Insane asylums Bombay 1873-77 - 1873-1877
Year: 1873
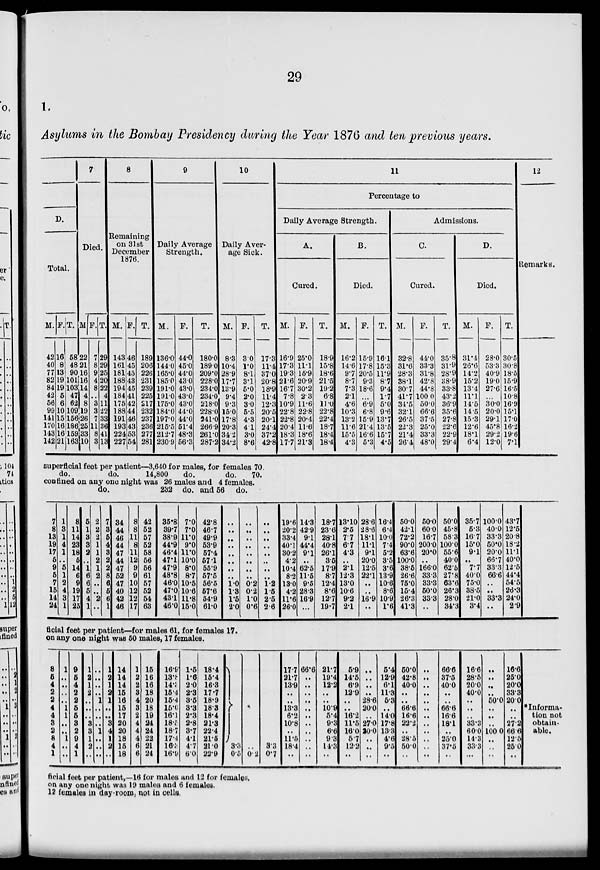
29
1.
Asylums in the Bombay Presidency during the Year 1876 and ten previous years.
D.
Total.
M.
42
40
77
82
84
42
56
99
141
170
143
142
F.
16
8
13
19
19
5
6
10
15
16
16
21
T.
58
48
90
101
103
47
62
109
156
186
159
163
7
Died.
M.
22
21
16
16
14 4
8
19
26 25
33
10
F.
7
8
9
4
8
..
3
3
7
11
8
3
T.
29
29
25
20
22
4
11
22
33
36
41
13
8
Remaining
on 31st
December
1876.
M.
143
161
181
188
194
184
175
188
191
193
224
227
F.
46
45
45
43
45
41
42
44
46
43
53
54
T.
189
206
226
231
239
225
217
232
237
236
277
281
9
Daily Average
Strength.
M.
136.0
144.0
165.0
185.0
191.0
191.0
175.0
184.0
197.0
215.5
212.7
230.9
F.
44.0
45.0
44.0
43.0
43.0
43.0
43.0
44.0
44.0
51.4
48.3
56.3
T.
180.0
189.0
209.0
228.0
234.0
234.0
218.0
228.0
241.0
266.9
261.0
287.2
10
Daily Aver-
age Sick.
M.
8.3
10.4
28.9
17.7
13.9
9.4
9.3
15.0
17.8
20.3
34.2
34.2
F.
3.0
1.0
8.1
3.1
5.0
2.0
3.0
5.5
4.3
4.1
3.0
8.6
T.
17.3
11.4
37.0
20.8
18.9
11.4
12.3
20.5
20.1
24.4
37.2
42.8
11
Percentage to
Daily Average Strength.
A.
Cured.
M.
16.9
17.3
19.3
21.6
16.7
7.8
10.9
22.8
22.8
20.4
18.3
17.7
F.
25.0
11.1
15.9
20.9
30.2
2.3
11.6
22.8
20.4
11.6
18.6
21.3
T.
18.9
15.8
18.6
21.5
19.2
6.8
11.0
22.8
22.4
18.7
18.4
18.4
B.
Died.
M.
16.2
14.6
9.7
8.7
7.3
2.1
4.6
10.3
13.2
11.6
15.5
4.3
F.
15.9
17.8
20.5
9.3
18.6
..
6.9
6.8
15.9
21.4
16.6
5.3
T.
16.1
15.3
11.9
8.7
9.4
1.7
5.0
9.6
13.7
13.5
15.7
4.5
Admissions.
C.
Cured.
M.
32.8
31.6
28.3
38.1
30.7
41.7
34.5
32.1
26.5
22.3
21.4
26.4
F.
44.0
33.3
31.8
42.8
44.8
100 0
50.0
66.6
37.5
25.0
33.3
48.0
T.
35.8
31.9
28.9
38.9
33.8
43.2
36.9
35.6
27.8
22.6
22.9
29.4
D.
Died.
M.
31.4
26.6
14.2
15.2
13.4
11.1
14.5
14.5
15.3
12.6
18.1
6.4
F.
28.0
53.3
40.9
19.0
27.6
..
30.0
20.0
29.1
45.8
29.2
12.0
T.
30.5
30.8
18.5
15.9
16.5
10.8
16.9
15.1
17.0
16.2
19.6
7.1
12
Remarks.
superficial feet per patient—3,640 for males, for females 70.
do.
do.
14,800
do.
do.
70.
confined on any one night was 26 males and 4 females.
do.
232 do. and 56 do.
7
8
13
19
17
5
9
5
7
15
14
24
1
3
1
4
1
..
5
1
2
4
3
1
8
11
14
23
18
5
14
6
9
19
17
25
5
1
3
3
2
..
1
6
6
5
4
1
2
2
2
1
1
2
1
2
..
..
2
..
7
3
5
4
3
2
2
8
6
5
6
1
34
44
46
44
47
44
47
52
47
40
42
46
8
8
11
8
11
12
9
9
10
12
12
17
42
52
57
52
58
56
56
61
57
52
54
63
35.8
39.7
38.9
44.9
46.4
47.1
47.9
48.8
46.0
47.0
43.1
46.0
7.0
7.0
11.0 9.0
11.0 10.0
8.0
8.7
10.5
10.6
11.8
15.0
42.8
46.7
49.9
53.9
57.4
57.1
55.9
57.5
56.5
57.6
54.9
61.0
..
..
..
..
..
..
..
..
1.0
1.3
1.5
2.0
..
..
..
..
..
..
..
..
0.2
0.2
1.0
0.6
..
..
..
..
..
..
..
..
1.2
1.5
2.5
2.6
19.6
20.2
33.4
40.1
30.2
4.2
10.4
8.2
13.0
4.2
11.6
26.0
14.3
42.9
9.1
44.4
9.1
..
62.5
11.5
9.5
28.3
16.9
...
18.7
23.6
28.1
40.8
26.1
3.5
17.9
8.7
12.4
8.6
12.7
19.7
13.10
2.5
7.7
6.7
4.3
..
2.1
12.3
13.0
10.6
9.2
2.1
286
28.6
18.1
11.1
9.1
20.0
12.5
22.1
..
..
16.9
..
16.4
6.4
10.0
7.4
5.2
3.5
3.6
13.9
10.6
8.6
10.9
1.6
50.0
42.1
72.2
90.0
63.6
100.0
38.5
26.6
75.0
15.4
26.3
41.3
50.0
60.0
16.7
200.0
20.0
..
166.0
33.3
33.3
50.0
33.3
..
50.0
45.8
58.3
100.0
55.6
40.0
62.5
27.8
63.6
26.3
28.0
34.3
35.7
5.3
16.7
15.0
9.1
..
7.7
40.0
75.0
38.5
21.0
3.4
100.0
40.0
33.3
50.0
20.0
66.7
33.3
66.6
..
..
33.3
..
43.7
12.5
20.8
18.2
11.1
40.0
12.5
44.4
54.5
26.3
24.0
2.9
ficial feet per patient—for males 61, for females 17.
on any one night was 50 males, 17 females.
8
5
4
2
2 4
4
3
2
8
4
1
1
..
..
..
..
1
1
..
..
1
..
..
9
5
4
2
2
5
5
3
2
9
4
1
1
2
1
2
..
..
..
3
3
1
2
..
..
..
..
..
1
..
..
..
1
..
..
..
1
2
1
2
1
..
..
3
4
1
2
..
14
14
14
15
16
15
17
20
20
18
15
18
1
2
2
3
4
3
2
4
4
4
6
6
15
16
16
18
20
18
19
24
24
22
21
24
16.9
13.8
14.3
15.4
15.4
15.0
16.1
18.5
18.7
17.4
16.3
16.9
1.5
1.6
2.0
2.3
3.5
3.3
2.3
2.8
3.7
4.1
4.7
6.0
18.4
15.4
16.3
17.7
18.9
18.3
18.4
21.3
22.4
21.5
21.0
22.9
3.3
0.5
*
..
0.2
3.3
0.7
17.7
21.7
13.9
..
..
13.3
6.2
10.8
..
11.5
18.4
..
66.6
..
..
..
..
..
..
..
..
..
..
..
21.7
19.4
12.2
..
..
10.9
5.4
9.3
6.6
9.3
14.3
..
5.9
14.5
6.9
12.9
..
..
16.2
11.5
16.0
5.7
12.2
...
..
..
..
..
28.6
20.0
..
27.0
20.0
..
..
..
5.4
12.9
6.1
11.3
5.3
..
14.0
17.8
13.3
4.6
9.5
..
50.0
42.8
40.0
..
..
66.6
16.6
22.2
..
28.5
50.0
..
..
..
..
..
..
..
..
..
..
..
..
..
66.6
37.5
40.0
..
..
66.6
16.6
18.1
..
25.0
37.5
..
16.6
28.5
20.0
40.0
..
..
..
33.3
60.0
14.3
33.3
...
..
..
..
..
50.0
..
..
..
100 0
..
..
..
16.6
25.0
20.0
33.3
20.0
..
..
27.2
66.6
12.5
25.0
..
* Informa-
tion not
obtain-
able.
ficial feet per patient,—16 for males and 12 for females,
on any one night was 19 males and 6 females.
12 females in day-room, not in cells,